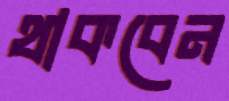
থাকবেন